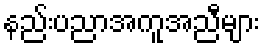
နည်းပညာအကူအညီများ